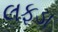
લફડા